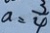
a = \frac { 3 } { 4 }